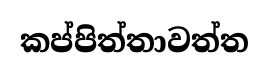
කප්පිත්තාවත්ත